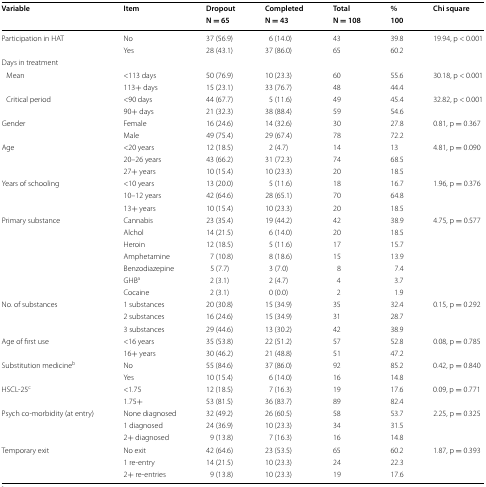
<table><thead><tr><td rowspan="2"><b>Variable</b></td><td rowspan="2"><b>Item</b></td><td><b>Dropout</b></td><td><b>Completed</b></td><td><b>Total</b></td><td><b>%</b></td><td rowspan="2"><b>Chi square</b></td></tr><tr><td><b>N = 65</b></td><td><b>N = 43</b></td><td><b>N = 108</b></td><td><b>100</b></td></tr></thead><tbody><tr><td rowspan="2">Participation in HAT</td><td>No</td><td>37 (56.9)</td><td>6 (14.0)</td><td>43</td><td>39.8</td><td rowspan="2">19.94, p &lt; 0.001</td></tr><tr><td>Yes</td><td>28 (43.1)</td><td>37 (86.0)</td><td>65</td><td>60.2</td></tr><tr><td colspan="7">Days in treatment</td></tr><tr><td rowspan="2"> Mean</td><td>&lt;113 days</td><td>50 (76.9)</td><td>10 (23.3)</td><td>60</td><td>55.6</td><td rowspan="2">30.18, p &lt; 0.001</td></tr><tr><td>113+ days</td><td>15 (23.1)</td><td>33 (76.7)</td><td>48</td><td>44.4</td></tr><tr><td rowspan="2"> Critical period</td><td>&lt;90 days</td><td>44 (67.7)</td><td>5 (11.6)</td><td>49</td><td>45.4</td><td rowspan="2">32.82, p &lt; 0.001</td></tr><tr><td>90+ days</td><td>21 (32.3)</td><td>38 (88.4)</td><td>59</td><td>54.6</td></tr><tr><td rowspan="2">Gender</td><td>Female</td><td>16 (24.6)</td><td>14 (32.6)</td><td>30</td><td>27.8</td><td rowspan="2">0.81, p = 0.367</td></tr><tr><td>Male</td><td>49 (75.4)</td><td>29 (67.4)</td><td>78</td><td>72.2</td></tr><tr><td rowspan="3">Age</td><td>&lt;20 years</td><td>12 (18.5)</td><td>2 (4.7)</td><td>14</td><td>13</td><td rowspan="3">4.81, p = 0.090</td></tr><tr><td>20–26 years</td><td>43 (66.2)</td><td>31 (72.3)</td><td>74</td><td>68.5</td></tr><tr><td>27+ years</td><td>10 (15.4)</td><td>10 (23.3)</td><td>20</td><td>18.5</td></tr><tr><td rowspan="3">Years of schooling</td><td>&lt;10 years</td><td>13 (20.0)</td><td>5 (11.6)</td><td>18</td><td>16.7</td><td rowspan="3">1.96, p = 0.376</td></tr><tr><td>10–12 years</td><td>42 (64.6)</td><td>28 (65.1)</td><td>70</td><td>64.8</td></tr><tr><td>13+ years</td><td>10 (15.4)</td><td>10 (23.3)</td><td>20</td><td>18.5</td></tr><tr><td rowspan="7">Primary substance</td><td>Cannabis</td><td>23 (35.4)</td><td>19 (44.2)</td><td>42</td><td>38.9</td><td rowspan="7">4.75, p = 0.577</td></tr><tr><td>Alchol</td><td>14 (21.5)</td><td>6 (14.0)</td><td>20</td><td>18.5</td></tr><tr><td>Heroin</td><td>12 (18.5)</td><td>5 (11.6)</td><td>17</td><td>15.7</td></tr><tr><td>Amphetamine</td><td>7 (10.8)</td><td>8 (18.6)</td><td>15</td><td>13.9</td></tr><tr><td>Benzodiazepine</td><td>5 (7.7)</td><td>3 (7.0)</td><td>8</td><td>7.4</td></tr><tr><td>GHB<sup>a</sup></td><td>2 (3.1)</td><td>2 (4.7)</td><td>4</td><td>3.7</td></tr><tr><td>Cocaine</td><td>2 (3.1)</td><td>0 (0.0)</td><td>2</td><td>1.9</td></tr><tr><td rowspan="3">No. of substances</td><td>1 substances</td><td>20 (30.8)</td><td>15 (34.9)</td><td>35</td><td>32.4</td><td rowspan="3">0.15, p = 0.292</td></tr><tr><td>2 substances</td><td>16 (24.6)</td><td>15 (34.9)</td><td>31</td><td>28.7</td></tr><tr><td>3 substances</td><td>29 (44.6)</td><td>13 (30.2)</td><td>42</td><td>38.9</td></tr><tr><td rowspan="2">Age of first use</td><td>&lt;16 years</td><td>35 (53.8)</td><td>22 (51.2)</td><td>57</td><td>52.8</td><td rowspan="2">0.08, p = 0.785</td></tr><tr><td>16+ years</td><td>30 (46.2)</td><td>21 (48.8)</td><td>51</td><td>47.2</td></tr><tr><td rowspan="2">Substitution medicine<sup>b</sup></td><td>No</td><td>55 (84.6)</td><td>37 (86.0)</td><td>92</td><td>85.2</td><td rowspan="2">0.42, p = 0.840</td></tr><tr><td>Yes</td><td>10 (15.4)</td><td>6 (14.0)</td><td>16</td><td>14.8</td></tr><tr><td rowspan="2">HSCL-25<sup>c</sup></td><td>&lt;1.75</td><td>12 (18.5)</td><td>7 (16.3)</td><td>19</td><td>17.6</td><td rowspan="2">0.09, p = 0.771</td></tr><tr><td>1.75+</td><td>53 (81.5)</td><td>36 (83.7)</td><td>89</td><td>82.4</td></tr><tr><td rowspan="3">Psych co-morbidity (at entry)</td><td>None diagnosed</td><td>32 (49.2)</td><td>26 (60.5)</td><td>58</td><td>53.7</td><td rowspan="3">2.25, p = 0.325</td></tr><tr><td>1 diagnosed</td><td>24 (36.9)</td><td>10 (23.3)</td><td>34</td><td>31.5</td></tr><tr><td>2+ diagnosed</td><td>9 (13.8)</td><td>7 (16.3)</td><td>16</td><td>14.8</td></tr><tr><td rowspan="3">Temporary exit</td><td>No exit</td><td>42 (64.6)</td><td>23 (53.5)</td><td>65</td><td>60.2</td><td rowspan="3">1.87, p = 0.393</td></tr><tr><td>1 re-entry</td><td>14 (21.5)</td><td>10 (23.3)</td><td>24</td><td>22.3</td></tr><tr><td>2+ re-entries</td><td>9 (13.8)</td><td>10 (23.3)</td><td>19</td><td>17.6</td></tr></tbody></table>